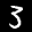
Label: 3